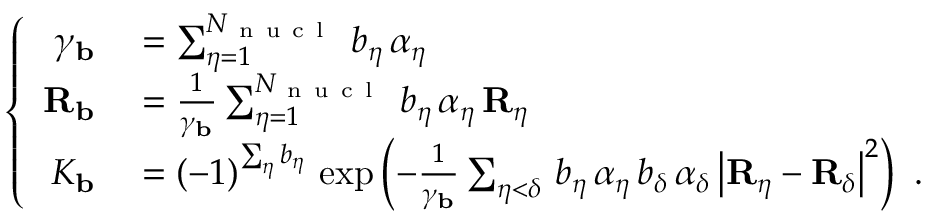
\left\lbrace \begin{array} { r l } { \gamma _ { \mathbf { b } } } & { { } = \sum _ { \eta = 1 } ^ { N _ { \mathrm { ~ n ~ u ~ c ~ l ~ } } } \, b _ { \eta } \, \alpha _ { \eta } } \\ { { \mathbf { R } _ { \mathbf { b } } } } & { { } = \frac { 1 } { \gamma _ { \mathbf { b } } } \sum _ { \eta = 1 } ^ { N _ { \mathrm { ~ n ~ u ~ c ~ l ~ } } } \, b _ { \eta } \, \alpha _ { \eta } \, { \mathbf { R } _ { \eta } } } \\ { K _ { \mathbf { b } } } & { { } = ( - 1 ) ^ { \sum _ { \eta } b _ { \eta } } \, \exp \left( - \frac { 1 } { \gamma _ { \mathbf { b } } } \sum _ { \eta < \delta } \, b _ { \eta } \, \alpha _ { \eta } \, b _ { \delta } \, \alpha _ { \delta } \, \big | { \mathbf { R } _ { \eta } } - { \mathbf { R } _ { \delta } } \big | ^ { 2 } \right) \mathrm { ~ . ~ } } \end{array} \right.